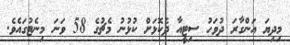
މިދިޔަ އަންގާރަ ދުވަހު ސިޓީއާ ދެކޮޅަށް ކުޅުނު މެޗުގެ 58 ވަނަ މިނެޓުގައެވެ.